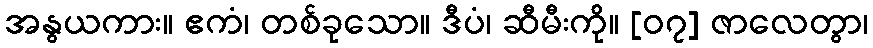
အနွယကား။ ဧကံ၊ တစ်ခုသော။ ဒီပံ၊ ဆီမီးကို။ [၀၇] ဇာလေတွာ၊